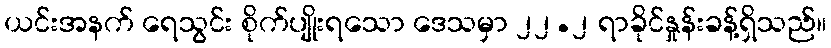
ယင်းအနက် ရေသွင်း စိုက်ပျိုးရသော ဒေသမှာ ၂၂.၂ ရာခိုင်နှုန်းခန့်ရှိသည်။